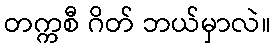
တက္ကစီ ဂိတ် ဘယ်မှာလဲ။